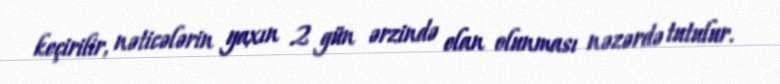
keçirilir, nəticələrin yaxın 2 gün ərzində elan olunması nəzərdə tutulur.